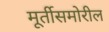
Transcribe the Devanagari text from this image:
मूर्तीसमोरील